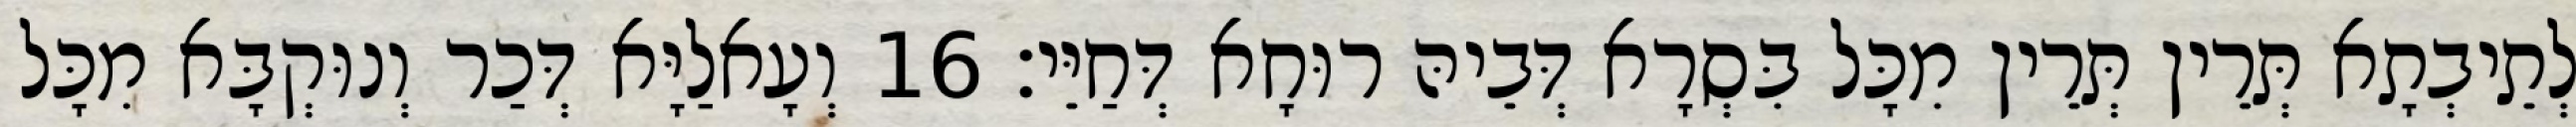
לְתֵיבְתָא תְּרֵין תְּרֵין מִכָּל בִּסְרָא דְּבֵיהּ רוּחָא דְּחַיֵּי׃ 16 וְעָאלַיָּא דְּכַר וְנוּקְבָּא מִכָּל